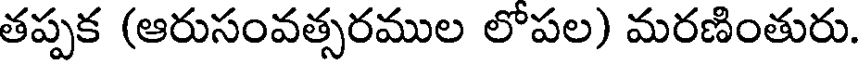
తప్పక (ఆరుసంవత్సరముల లోపల) మరణింతురు.